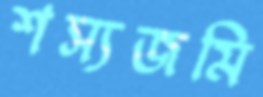
শস্যজমি